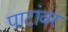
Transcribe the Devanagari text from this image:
पाटांवर